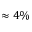
\approx 4 \%